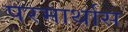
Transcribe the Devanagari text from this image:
परमार्थास